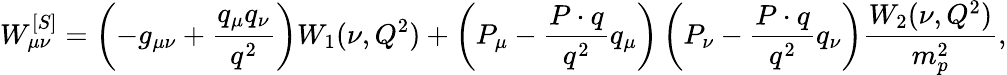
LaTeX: W_{\mu\nu}^{[S]}=\left(-g_{\mu\nu}+\frac{q_{\mu}q_{\nu}}{q^{2}}\right)W_{1}(\nu,Q^{2})+\left(P_{\mu}-\frac{P\cdot q}{q^{2}}q_{\mu}\right)\left(P_{\nu}-\frac{P\cdot q}{q^{2}}q_{\nu}\right)\frac{W_{2}(\nu,Q^{2})}{m_{p}^{2}},